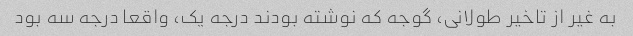
به غیر از تاخیر طولانی، گوجه که نوشته بودند درجه یک، واقعا درجه سه بود